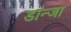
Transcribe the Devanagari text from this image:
डान्जा